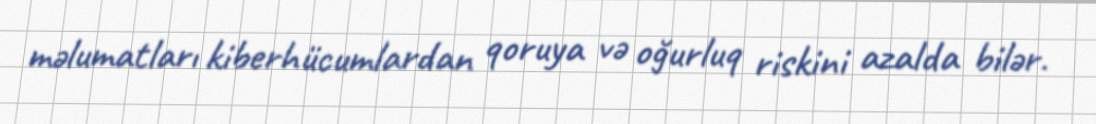
məlumatları kiberhücumlardan qoruya və oğurluq riskini azalda bilər.